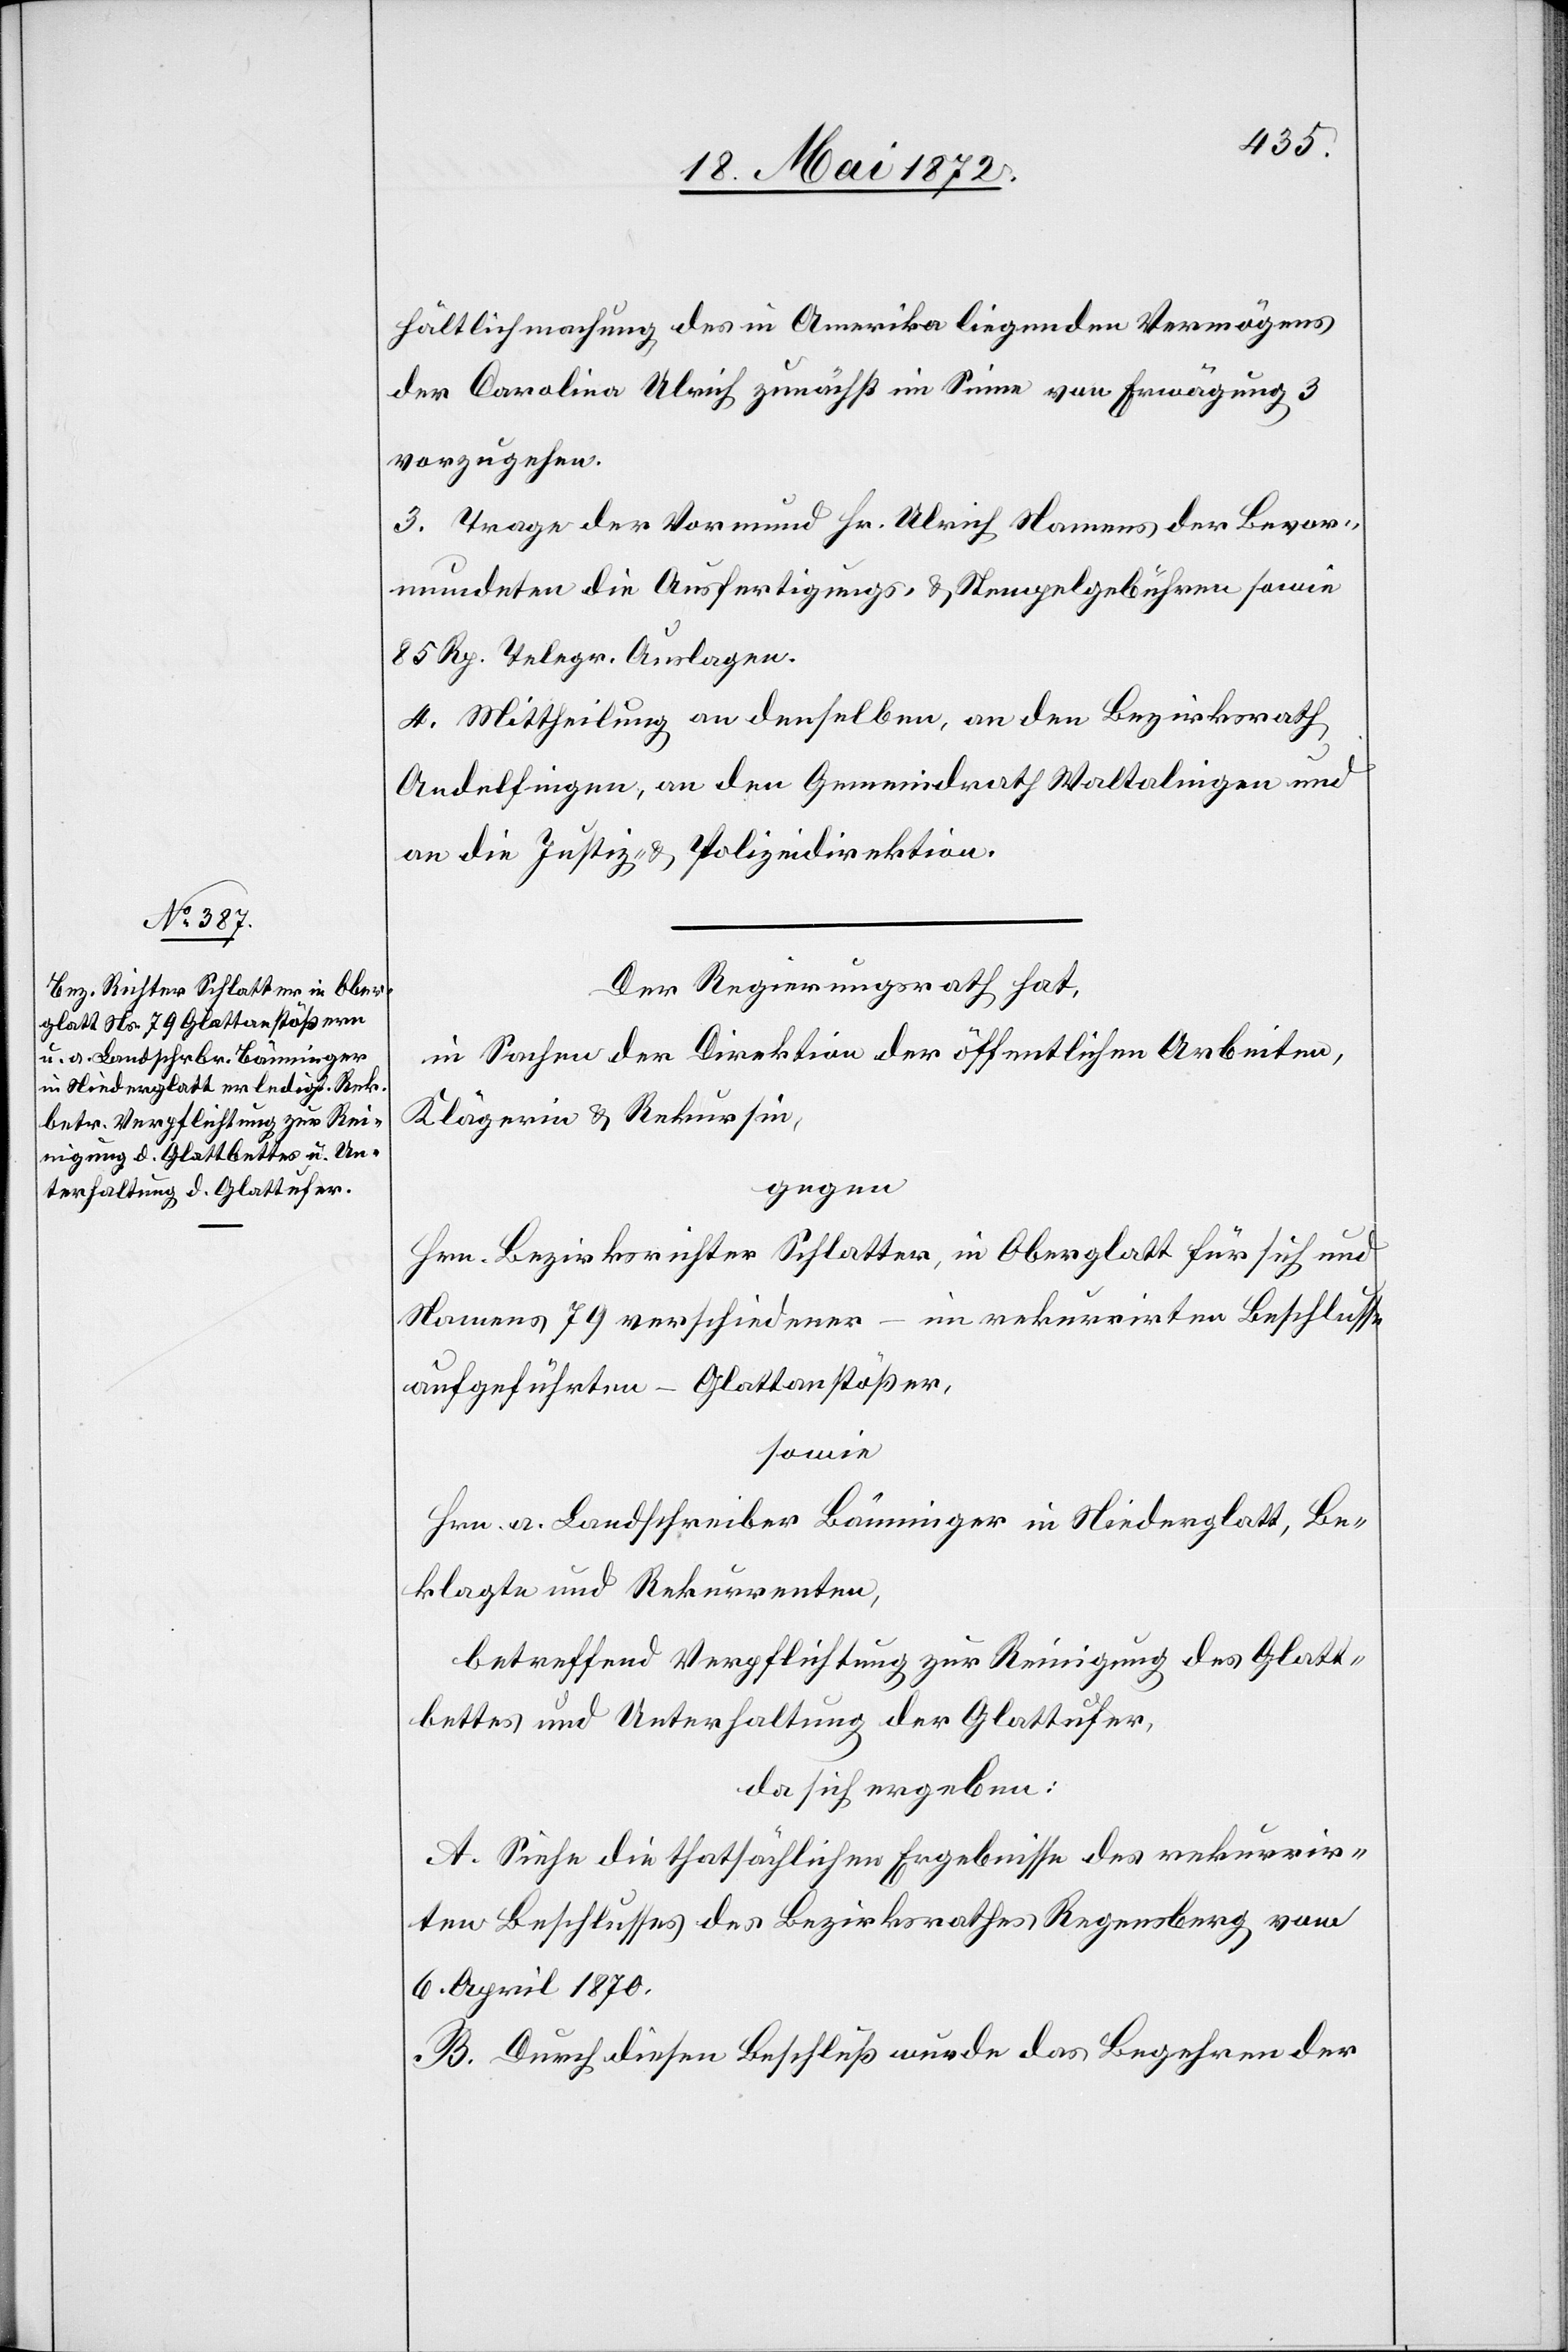
hältlichmachung des in Amerika liegenden Vermögens
der Carolina Ulrich zunächst im Sinne von Erwägung 3
vorzugehen.
3. Trage der Vormund Hr. Ulrich Namens der Bevor¬
mundeten die Ausfertigungs- u. Stempelgebühren sowie
85 Rp. Telegr. Auslagen.
4. Mittheilung an denselben, an den Bezirksrath
Andelfingen, an den Gemeindrath Waltalingen und
an die Justiz- u. Polizeidirektion.
Der Regierungsrath hat,
in Sachen der Direktion der öffentlichen Arbeiten,
Klägerin u. Rekursin,
gegen
Hrn. Bezirksrichter Schlatter, in Oberglatt für sich und
Namens 79 verschiedener – im rekurrirten Beschlusse
aufgeführten – Glattanstößer,
sowie
Hrn. a. Landschreiber Bäuminger in Niederglatt, Be¬
klagte und Rekurrenten,
betreffend Verpflichtung zur Reinigung des Glatt¬
bettes und Unterhaltung der Glattufer,
da sich ergeben:
A. Siehe die thatsächlichen Ergebnisse des rekurrir¬
ten Beschlusses des Bezirksrathes Regensberg vom
6. April 1870.
B. Durch diesen Beschluß wurde das Begehren der